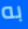
به